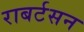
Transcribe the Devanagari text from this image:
राबर्टसन